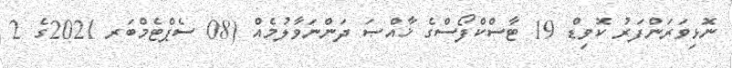
ނޮޅިވަރަންފަރު ކޮވިޑް 19 ޓާސްކްފޯސްގެ ޚާއްޞަ ދަންނަވާލުމެއް (08 ސެޕްޓެމްބަރ 2021ގެ 2